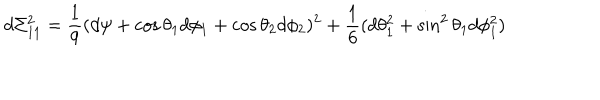
d \Sigma _ { 1 1 } ^ { 2 } = \frac { 1 } { 9 } ( d \psi + \cos \theta _ { 1 } d \phi _ { 1 } + \cos \theta _ { 2 } d \phi _ { 2 } ) ^ { 2 } + \frac { 1 } { 6 } ( d \theta _ { 1 } ^ { 2 } + \sin ^ { 2 } \theta _ { 1 } d \phi _ { 1 } ^ { 2 } )